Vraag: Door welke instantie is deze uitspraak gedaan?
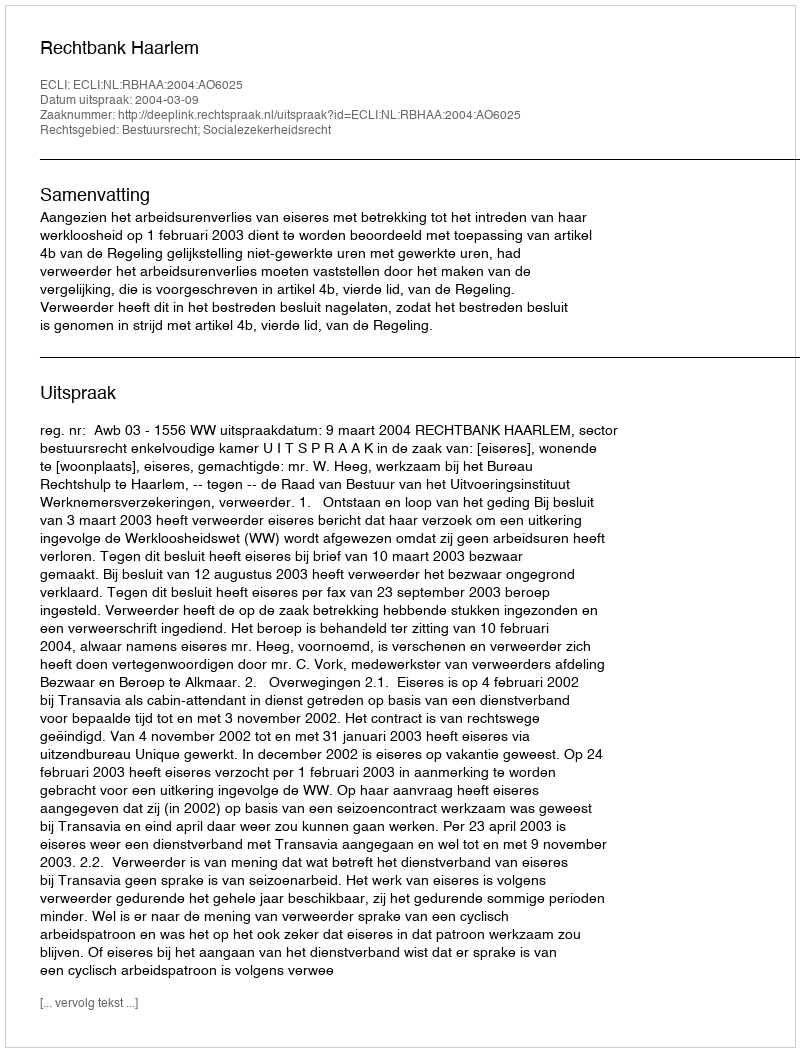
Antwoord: Rechtbank Haarlem